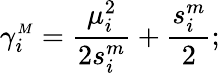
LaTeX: \gamma_{i}^{{\scriptscriptstyle M}}=\frac{\mu_{i}^{2}}{2s_{i}^{m}}+\frac{s_{i}^{m}}2;